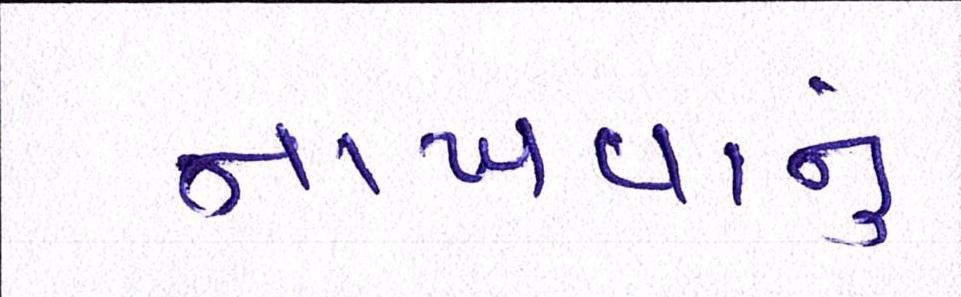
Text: નાખવાનું